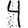
Digit: 4